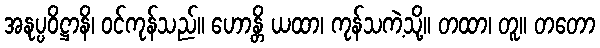
အနုပ္ပဝိဋ္ဌာနိ၊ ဝင်ကုန်သည်။ ဟောန္တိ ယထာ၊ ကုန်သကဲ့သို့။ တထာ၊ တူ။ တတော